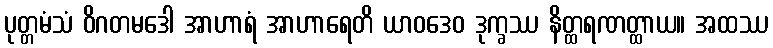
ပုတ္တမံသံ ဝိဂတမဒေါ အာဟာရံ အာဟာရေတိ ယာဝဒေဝ ဒုက္ခဿ နိတ္ထရဏတ္ထာယ။ အထဿ